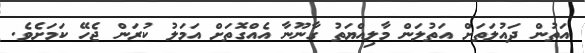
އަތުން ދައުލަތަށް އަތުލަން މާލިއްޔަތު ގާނޫނާ އެއްގޮތަށް އަމަލު ކުރަން ޖެހޭ ކަމަށެވެ.